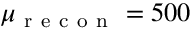
\mu _ { \mathrm { ~ r ~ e ~ c ~ o ~ n ~ } } = 5 0 0